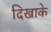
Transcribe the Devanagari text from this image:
दिखाके